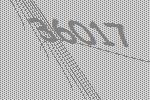
36017